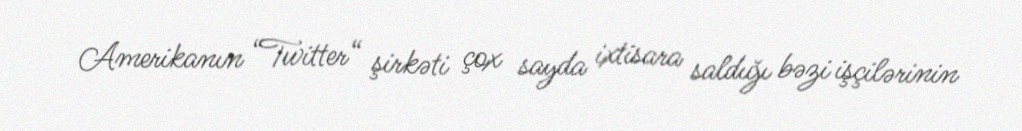
Amerikanın “Twitter“ şirkəti çox sayda ixtisara saldığı bəzi işçilərinin